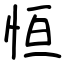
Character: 恒